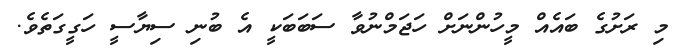
މި ރަށުގެ ބައެއް މީހުންނަށް ހަޖަމްނުވާ ސަބަބަކީ އެ ބުނި ސިޔާސީ ހަގީގަތެވެ.